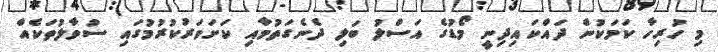
މި ހުރިހާ ކަމަކުން ދައްކައިދިނީ މޯޑުގެ އަސްލު ބަލި ދެނެގަތުމާއި ކަށަވަރުކުރުމުގައި ސުވާލުތަކެއް